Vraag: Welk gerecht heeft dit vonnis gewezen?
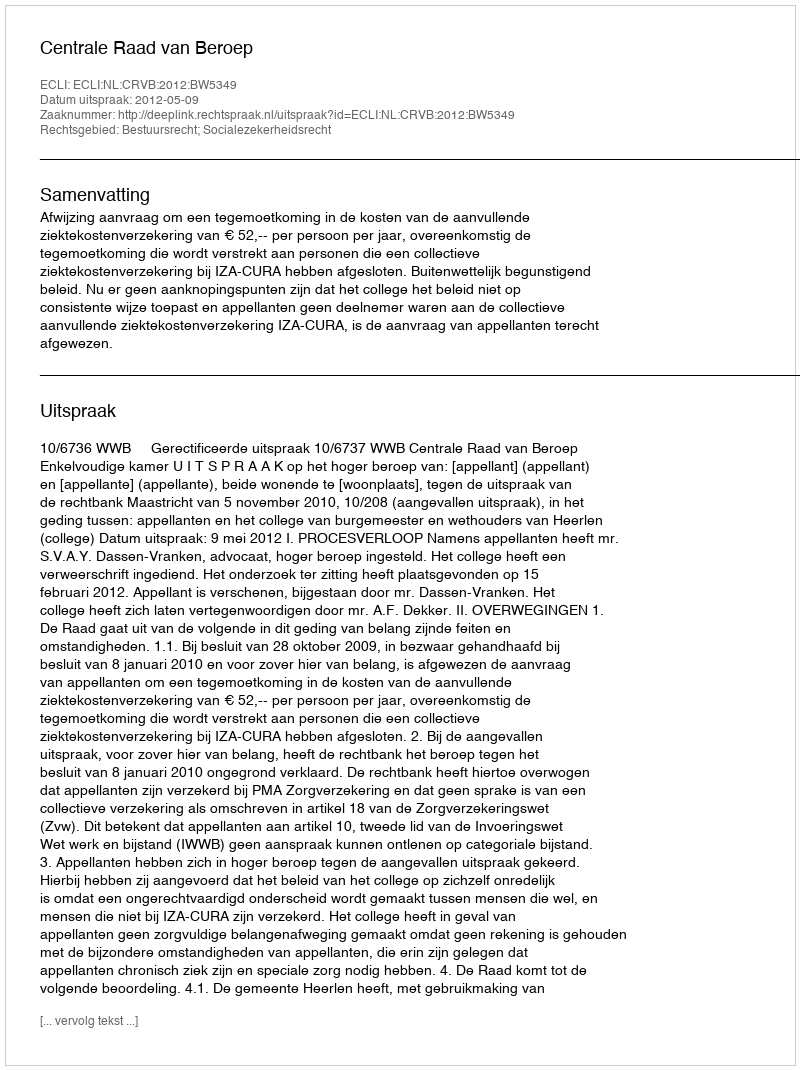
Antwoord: Centrale Raad van Beroep